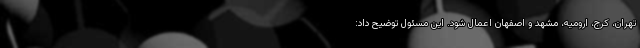
تهران، کرج، ارومیه، مشهد و اصفهان اعمال شود. این مسئول توضیح داد: